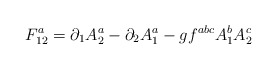
\begin{align*}F_{12}^a=\partial_1A_2^a-\partial_2A_1^a-gf^{abc}A_1^bA_2^c\end{align*}